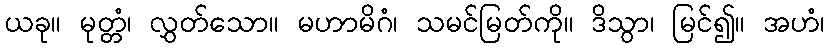
ယခု။ မုတ္တံ၊ လွှတ်သော။ မဟာမိဂံ၊ သမင်မြတ်ကို။ ဒိသွာ၊ မြင်၍။ အဟံ၊